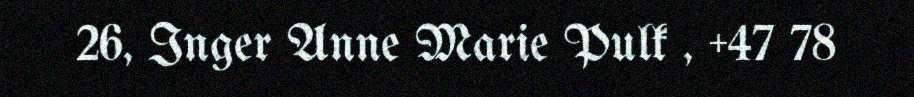
26, Inger Anne Marie Pulk , +47 78